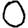
Digit: 0